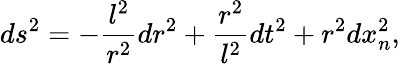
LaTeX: ds^{2}=-\frac{l^{2}}{r^{2}}dr^{2}+\frac{r^{2}}{l^{2}}dt^{2}+r^{2}dx_{n}^{2},